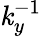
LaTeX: \mathit{k}_{y}^{-1}